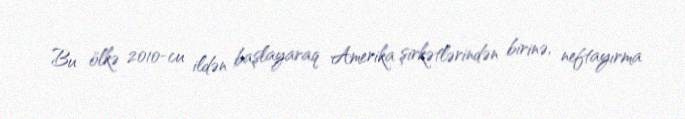
Bu ölkə 2010-cu ildən başlayaraq Amerika şirkətlərindən birinə, neftayırma